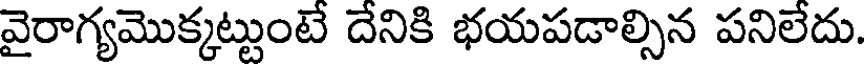
వైరాగ్యమొక్కట్టుంటే దేనికి భయపడాల్సిన పనిలేదు.